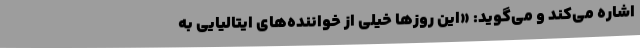
اشاره می‌کند و می‌گوید: «این روزها خیلی از خواننده‌های ایتالیایی به